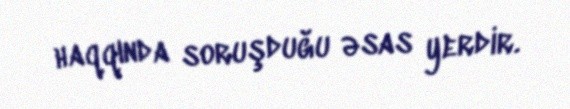
haqqında soruşduğu əsas yerdir.